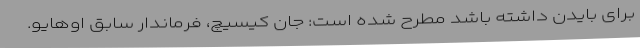
برای بایدن داشته باشد مطرح شده است: جان کیسیچ، فرماندار سابق اوهایو.